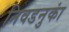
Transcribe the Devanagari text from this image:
निवडनुकां